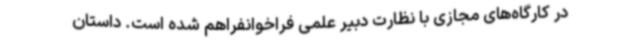
در کارگاه‌های مجازی با نظارت دبیر علمی فراخوانفراهم شده است. داستان